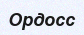
Ордосс